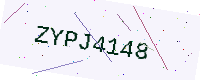
Text: ZYPJ4148